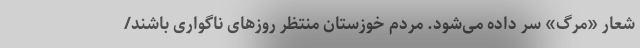
شعار «مرگ» سر داده می‌شود. مردم خوزستان منتظر روزهای ناگواری باشند/